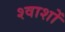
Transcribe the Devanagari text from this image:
श्वाशों